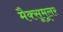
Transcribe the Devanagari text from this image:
मैक्सूमूलर